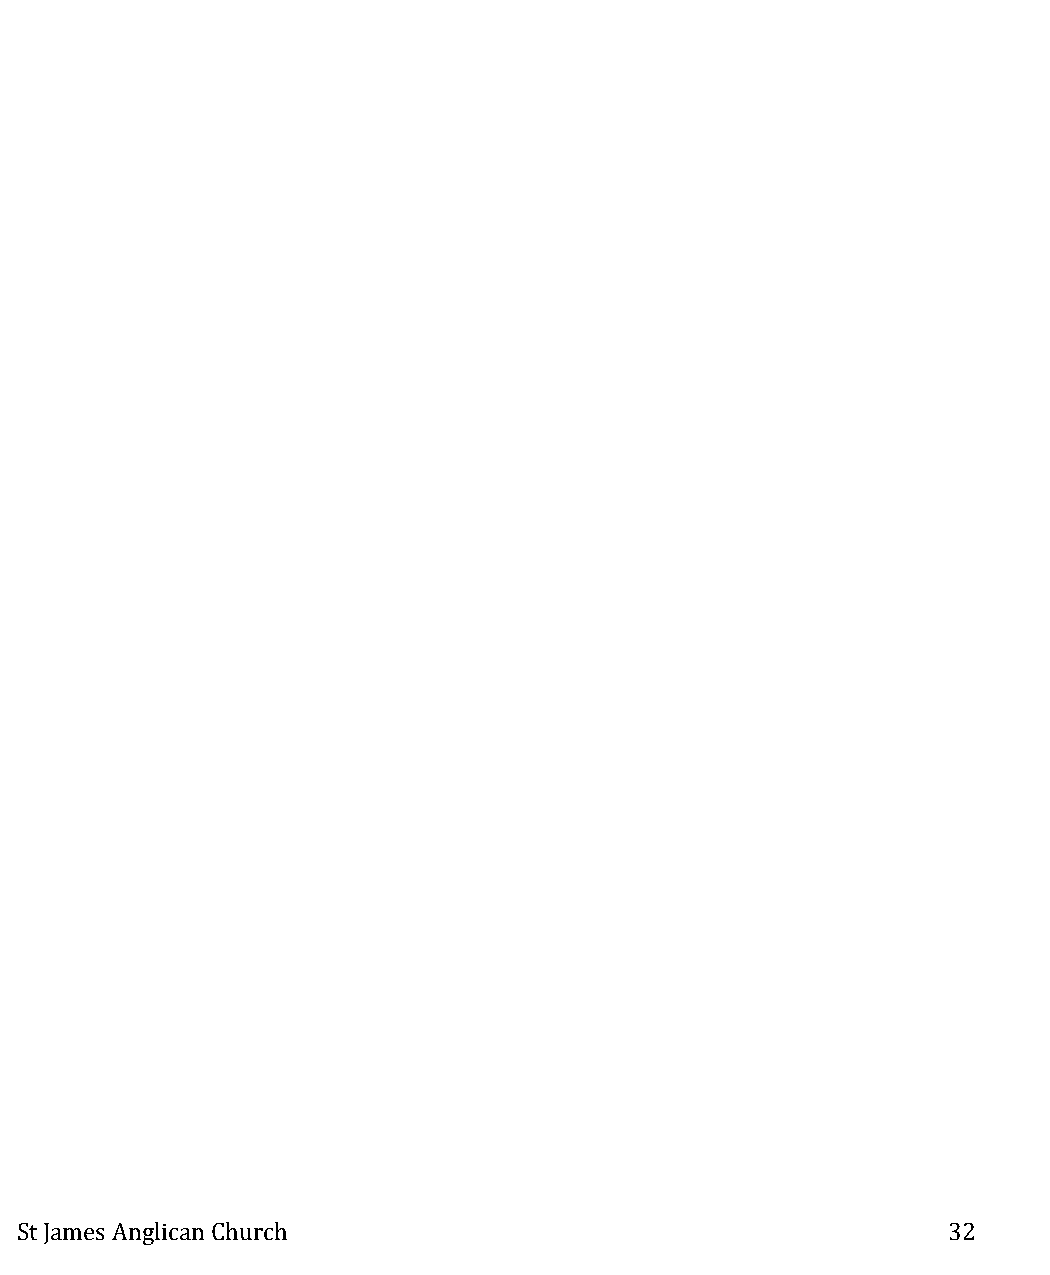
St James Anglican Church                                      32